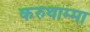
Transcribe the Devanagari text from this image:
करुथाम्मा